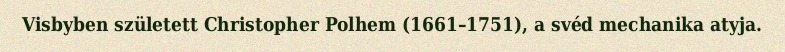
Visbyben született Christopher Polhem (1661–1751), a svéd mechanika atyja.